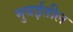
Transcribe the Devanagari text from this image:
मुबईतील